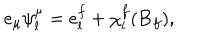
e _ { \mu } \psi _ { l } ^ { \mu } = e _ { l } ^ { f } + \chi _ { l } ^ { f } ( { \bf B } _ { f } ) ,